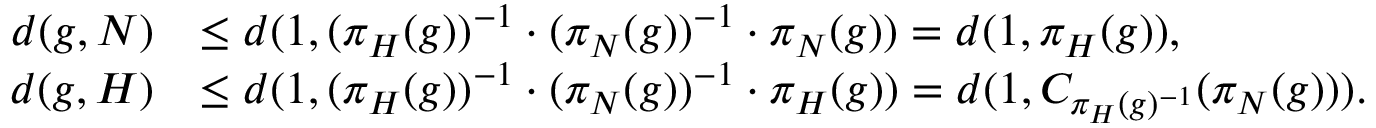
\begin{array} { r l } { d ( g , N ) } & { \leq d ( 1 , ( \pi _ { H } ( g ) ) ^ { - 1 } \cdot ( \pi _ { N } ( g ) ) ^ { - 1 } \cdot \pi _ { N } ( g ) ) = d ( 1 , \pi _ { H } ( g ) ) , } \\ { d ( g , H ) } & { \leq d ( 1 , ( \pi _ { H } ( g ) ) ^ { - 1 } \cdot ( \pi _ { N } ( g ) ) ^ { - 1 } \cdot \pi _ { H } ( g ) ) = d ( 1 , C _ { \pi _ { H } ( g ) ^ { - 1 } } ( \pi _ { N } ( g ) ) ) . } \end{array}